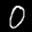
Label: 0